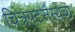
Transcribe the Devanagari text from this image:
चित्रपटसंस्थेचा